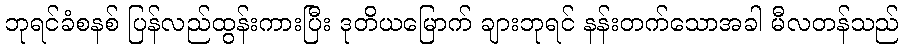
ဘုရင်ခံစနစ် ပြန်လည်ထွန်းကားပြီး ဒုတိယမြောက် ချားဘုရင် နန်းတက်သောအခါ မီလတန်သည်